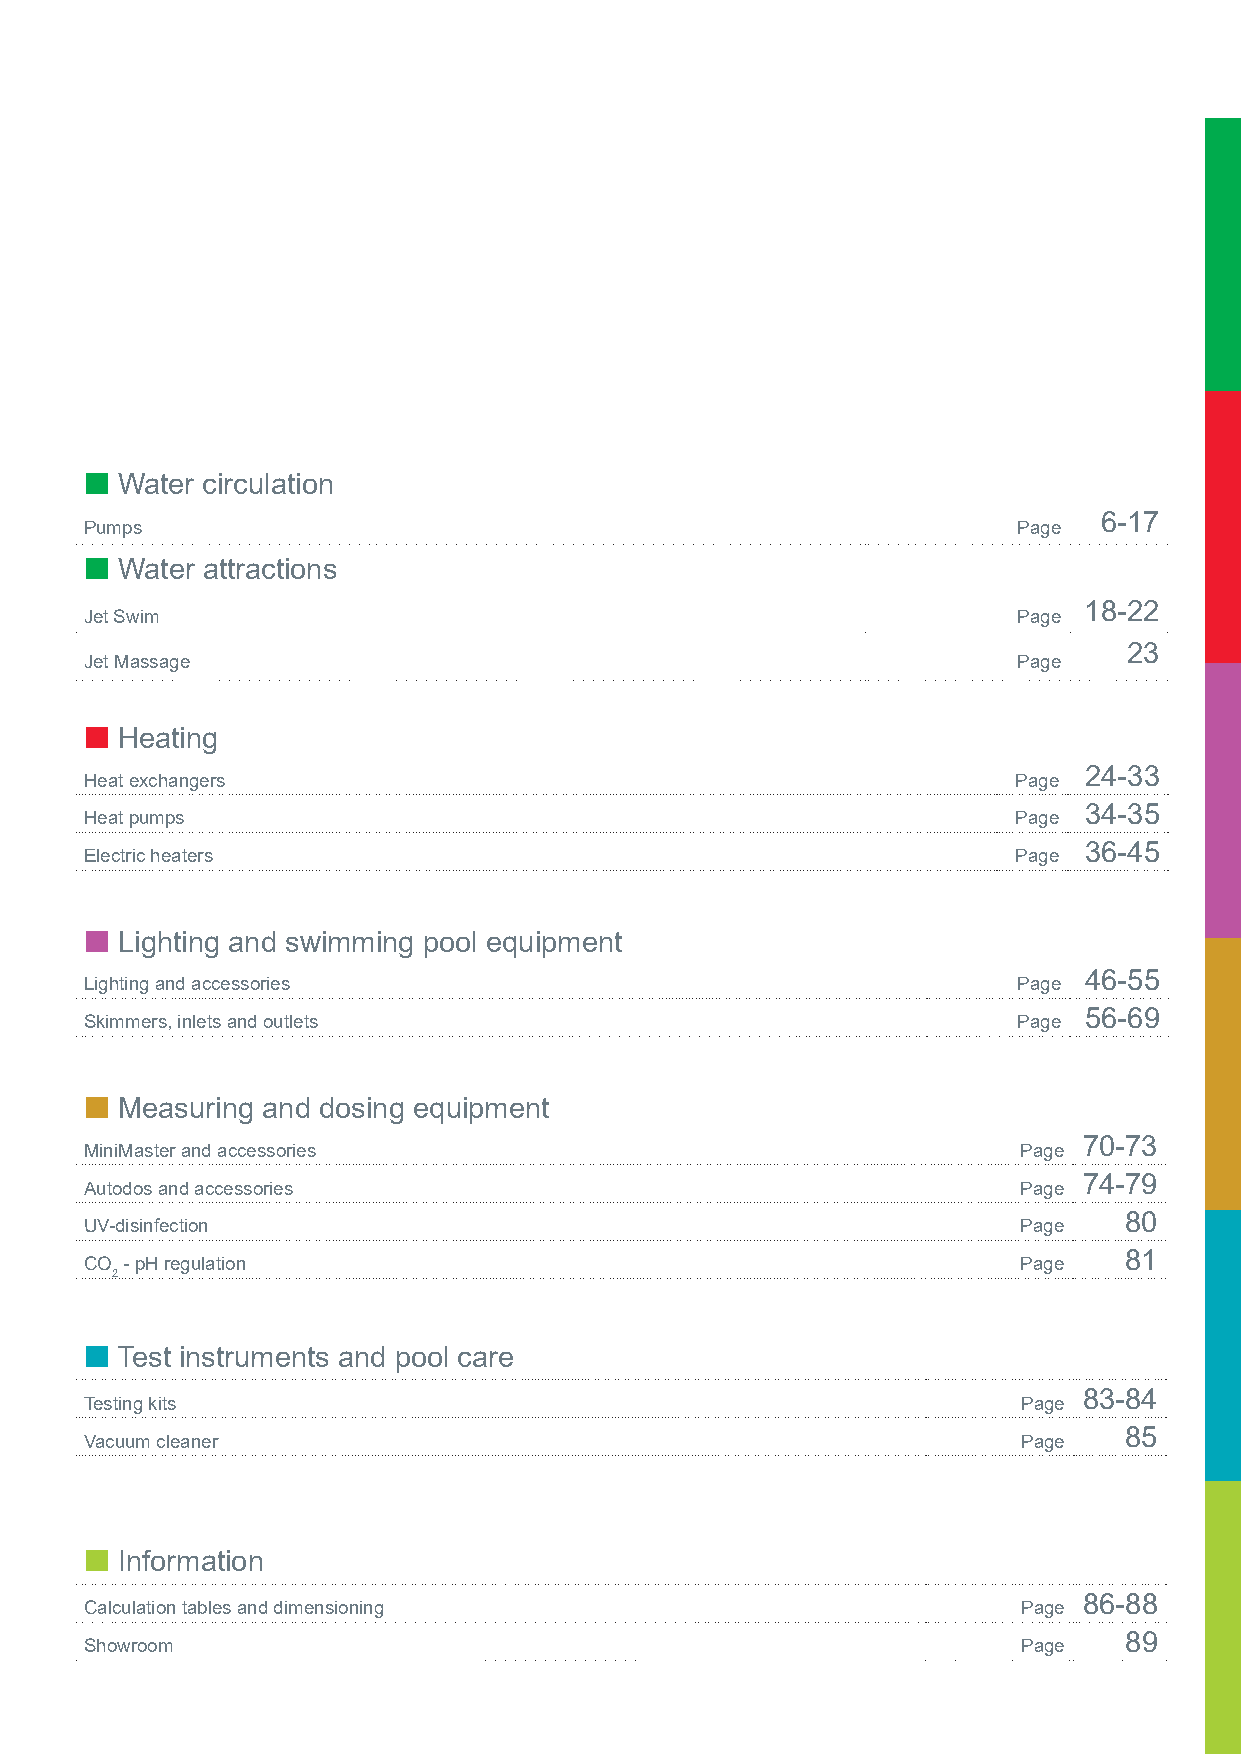
 Water circulation
 6-17
 Pumps                                                        Page
  Water attractions
 18-22
 Jet Swim                                                     Page
 23
 Jet Massage                                                  Page
  Heating
 Heat exchangers                                              Page
 24-33
 Heat pumps                                                   Page
 34-35
 Electric heaters                                             Page
 36-45
  Lighting and swimming pool equipment
 46-55
 Lighting and accessories                                     Page
 Skimmers, inlets and outlets                                 Page
 56-69
  Measuring and dosing equipment
 MiniMaster and accessories                                    Page
 70-73
 Autodos and accessories                                       Page
 74-79
 UV-disinfection                                               Page
 80
 CO - pH regulation                                            Page
 81
 2
  Test instruments and pool care
 Testing kits                                                  Page
 83-84
 Vacuum cleaner                                                Page
 85
  Information
 86-88
 Calculation tables and dimensioning                           Page
 89
 Showroom                                                      Page